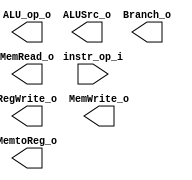
module Control(
    instr_op_i,
	RegWrite_o,
	ALU_op_o,
	ALUSrc_o,
	Branch_o,
	MemWrite_o,
	MemRead_o,
	MemtoReg_o
	);
     
//I/O ports
input  [7-1:0] instr_op_i;

output         RegWrite_o;
output [2-1:0] ALU_op_o;
output         ALUSrc_o;
output         Branch_o;
output		   MemWrite_o;
output		   MemRead_o;
output		   MemtoReg_o;
 
//Internal Signals
reg    [2-1:0] ALU_op_o;
reg            ALUSrc_o;
reg            RegWrite_o;
reg            Branch_o;
reg			   MemWrite_o;
reg			   MemRead_o;
reg			   MemtoReg_o;

//Parameter


//Main function
endmodule